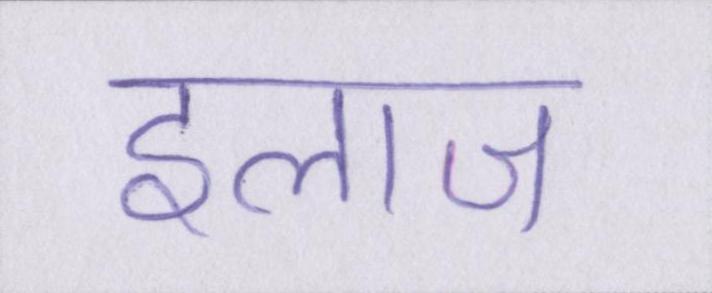
इलाज